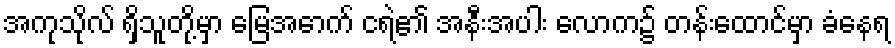
အကုသိုလ် ရှိသူတို့မှာ မြေအောက် ငရဲ၏ အနီးအပါး လောက၌ တန်းထောင်မှာ ခံနေရ